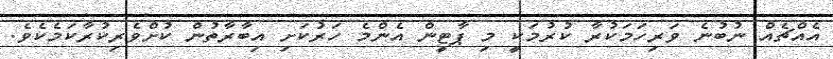
އެއްޗެއް ނުބުނެ ވަރިހަމަކުރާ ކުރުމަކީ މި ޕާޓީން އެންމެ ހަރުކަށި އިބާރާތުން ކުށްވެރިކުރާކަމެކެވެ.